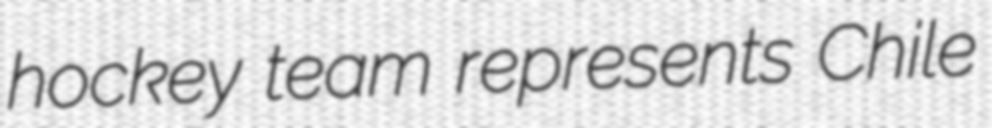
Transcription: hockey team represents Chile